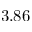
3 . 8 6